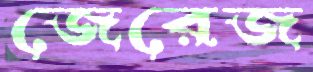
জেরেজ